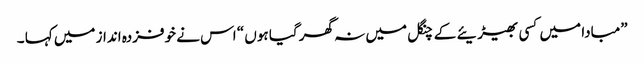
”مبادا میں کسی بھیڑیئے کے چنگل میں نہ گھر گیا ہوں “ اس نے خوفزدہ انداز میں کہا ۔